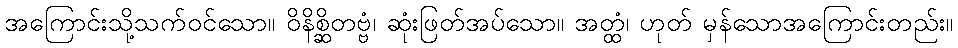
အကြောင်းသို့သက်ဝင်သော။ ဝိနိစ္ဆိတဗ္ဗံ၊ ဆုံးဖြတ်အပ်သော။ အတ္ထံ၊ ဟုတ် မှန်သောအကြောင်းတည်း။